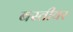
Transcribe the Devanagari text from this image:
बस्तीवर